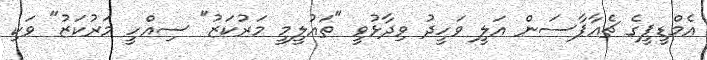
އެމްޑީޕީގެ ޗެއާޕާސަން އަލީ ވަހީދު ވިދާޅުވީ "ތައުލީމީ މަރުކަޒު" ސިއްހީ މަރުކަޒު" ވަކި